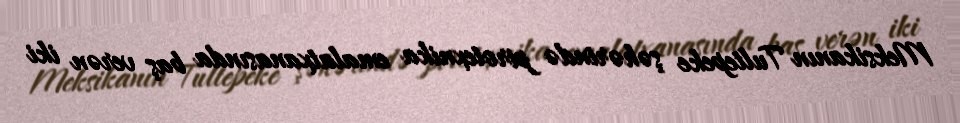
Meksikanın Tultepeke şəhərində pirotexnika emalatxanasında baş verən iki